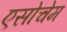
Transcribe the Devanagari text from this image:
एसोचेम